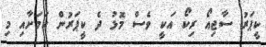
ކީޕަރު ސާޖިއޯ ރިކޯ އަކީ ވެސް މޮޅު ދެ ކީޕަރުން ކަމަށާއި މި